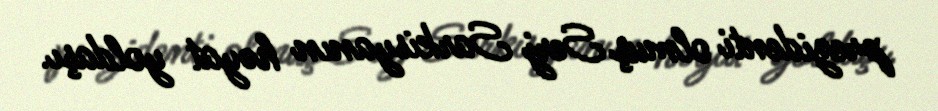
prezidenti olmuş Serj Sarkisyanın həyat yoldaşı.